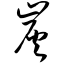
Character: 炭